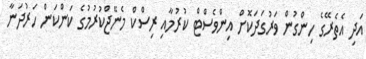
އަދި އެތެރޭގެ ހިންގުން ވަރުގަދަކޮށް އިންވެސްޓް ކުރުމާއި ރިސްކް މެނޭޖްކުރުމުގެ ކަންކަން ހަރުދަނާ